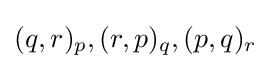
{\textstyle (q,r)_{p},(r,p)_{q},(p,q)_{r}}